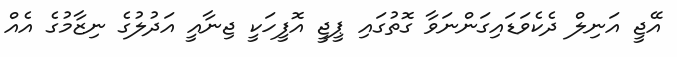
އޭޖީ އަނިލް ދެކެވަޑައިގަންނަވާ ގޮތުގައި ޕީޖީ އޮފީހަކީ ޖިނާއީ އަދުލުގެ ނިޒާމުގެ އެއް